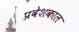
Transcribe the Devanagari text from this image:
प्रवेशकाल